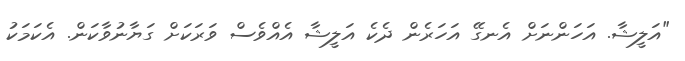
"އަލީޝާ. އަހަންނަށް އެނގޭ އަހަރެން ދެކެ އަލީޝާ އެއްވެސް ވަރަކަށް ގަޔާނުވާކަން. އެކަމަކު